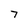
Character: 7